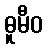
ဓူမီဝ